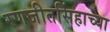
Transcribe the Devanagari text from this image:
रणजीतसिंहाच्या